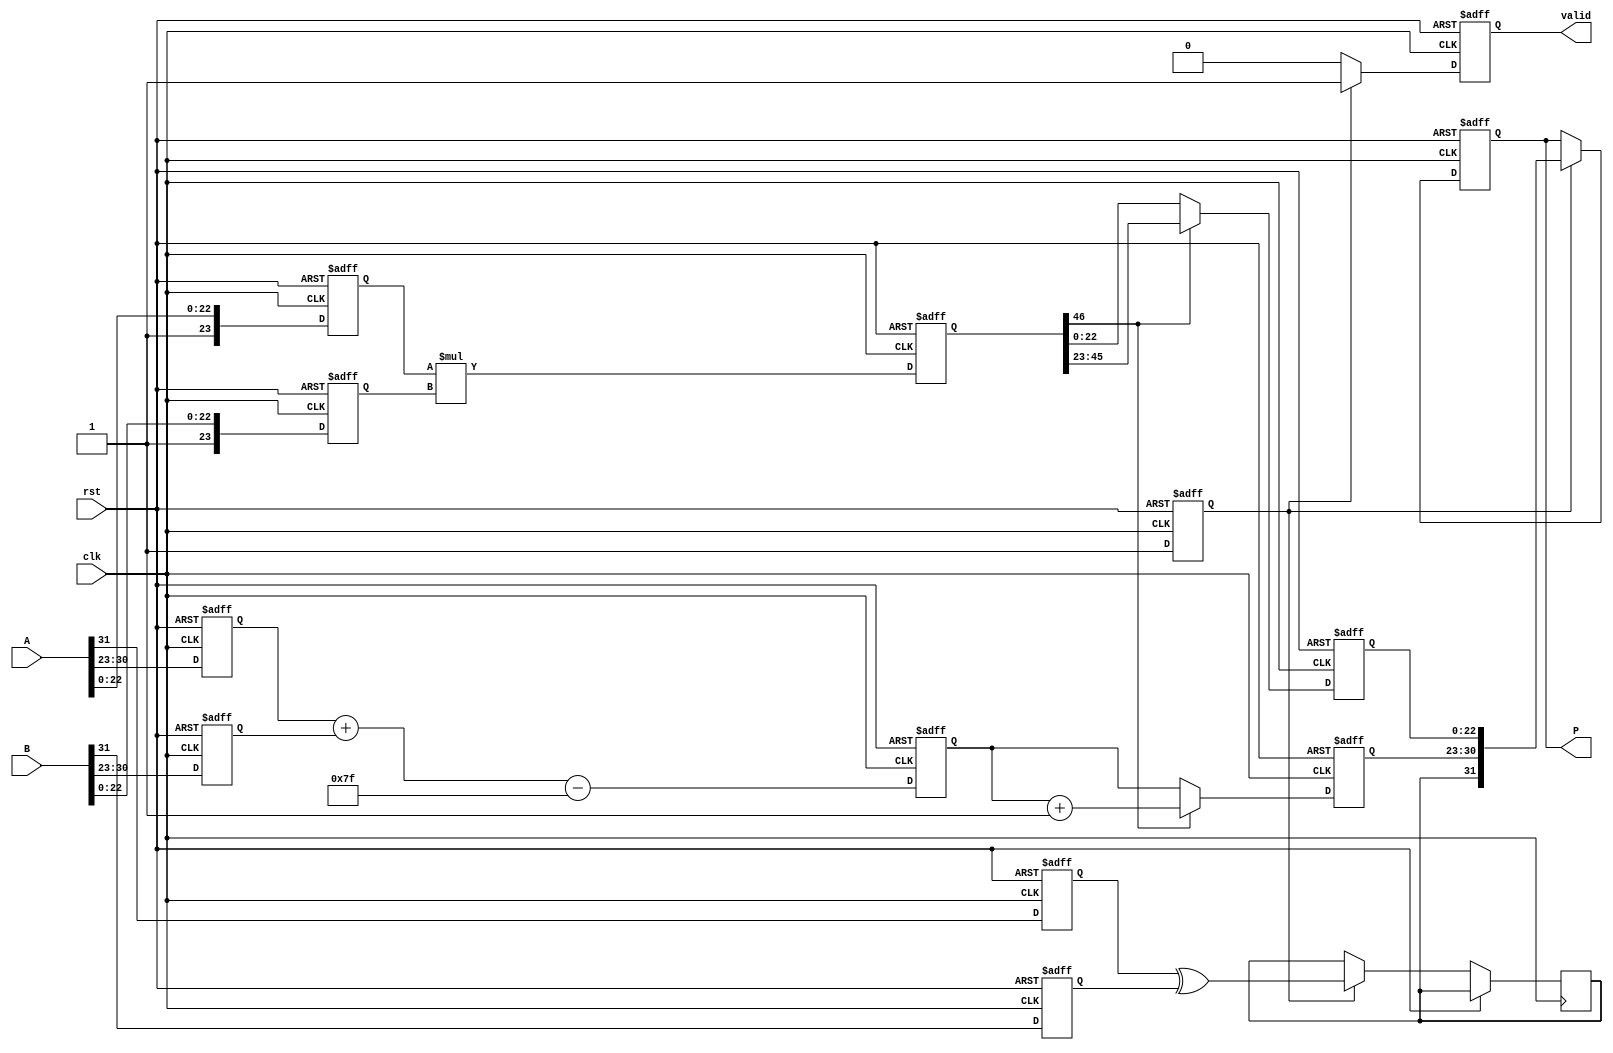
module fp_multiplier (
    input wire clk,
    input wire rst,
    input wire [31:0] A, // Input floating-point number A
    input wire [31:0] B, // Input floating-point number B
    output reg [31:0] P, // Output floating-point product
    output reg valid // Output valid flag
);

    // Parameters for IEEE 754 single-precision
    parameter BIAS = 127;
    parameter MANTISSA_WIDTH = 23;
    parameter EXPONENT_WIDTH = 8;
    
    // Internal registers for pipelined stages
    reg sA, sB; // Sign bits
    reg [EXPONENT_WIDTH-1:0] eA, eB; // Exponents
    reg [MANTISSA_WIDTH:0] mA, mB; // Mantissas (including implicit leading bit)
    
    reg [EXPONENT_WIDTH-1:0] eP; // Product exponent
    reg [2*MANTISSA_WIDTH:0] mP; // Product mantissa
    reg sP; // Product sign
    
    // Stage 1: Decomposing inputs
    always @(posedge clk or posedge rst) begin
        if (rst) begin
            sA <= 0;
            sB <= 0;
            eA <= 0;
            eB <= 0;
            mA <= 0;
            mB <= 0;
        end else begin
            sA <= A[31]; // Sign bit of A
            sB <= B[31]; // Sign bit of B
            eA <= A[30:23]; // Exponent of A
            eB <= B[30:23]; // Exponent of B
            mA <= {1'b1, A[22:0]}; // Mantissa of A (implicit leading 1)
            mB <= {1'b1, B[22:0]}; // Mantissa of B (implicit leading 1)
        end
    end

    // Stage 2: Exponent calculation and mantissa multiplication
    always @(posedge clk or posedge rst) begin
        if (rst) begin
            eP <= 0;
            mP <= 0;
        end else begin
            eP <= eA + eB - BIAS; // Calculate exponent of product
            mP <= mA * mB; // Multiply mantissas
        end
    end

    // Stage 3: Normalization
    reg [EXPONENT_WIDTH-1:0] normalized_eP;
    reg [MANTISSA_WIDTH:0] normalized_mP; // Normalized mantissa
    reg normalization_done;

    always @(posedge clk or posedge rst) begin
        if (rst) begin
            normalized_eP <= 0;
            normalized_mP <= 0;
            normalization_done <= 0;
        end else begin
            // Check for normalization
            if (mP[2*MANTISSA_WIDTH] == 1) begin
                // Normalization needed, shift right once
                normalized_mP <= mP[2*MANTISSA_WIDTH-1:MANTISSA_WIDTH]; // Shift right
                normalized_eP <= eP + 1; // Increment exponent
            end else begin
                // Already normalized
                normalized_mP <= mP[MANTISSA_WIDTH-1:0];
                normalized_eP <= eP;
            end
            normalization_done <= 1; // Mark normalization as done
        end
    end

    // Stage 4: Assembling final output
    always @(posedge clk or posedge rst) begin
        if (rst) begin
            P <= 0;
            valid <= 0;
        end else if (normalization_done) begin
            sP <= sA ^ sB; // Sign of the product
            P <= {sP, normalized_eP, normalized_mP[MANTISSA_WIDTH-1:0]}; // Assemble final output
            valid <= 1; // Output is valid
        end else begin
            valid <= 0; // Output is not valid until normalization is complete
        end
    end

endmodule